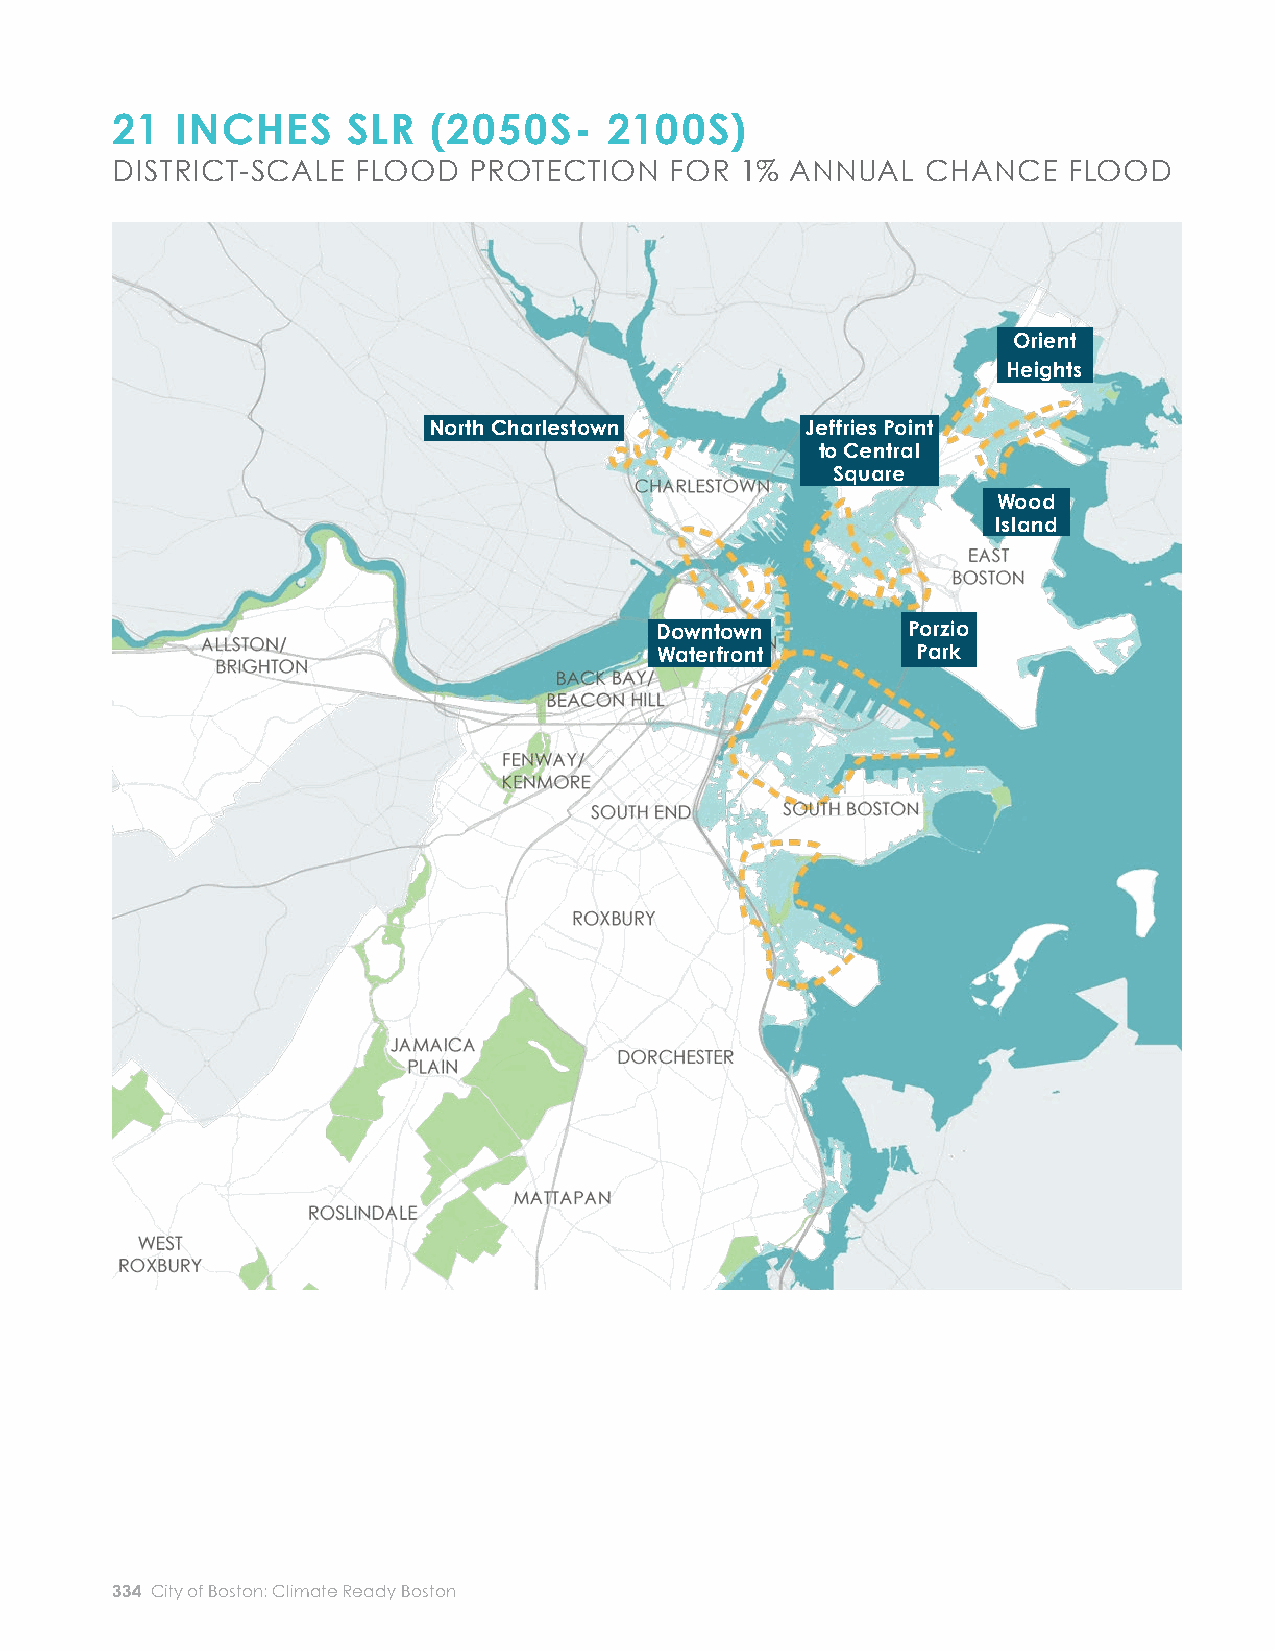
21   INCHES     SLR   (2050S-    2100S)
 DISTRICT-SCALE   FLOOD  PROTECTION   FOR  1% ANNUAL   CHANCE    FLOOD
 Jeffries Point to Central Square    Orient Heights
 (See East Boston Focus Area for more information) (See East Boston Focus Area for more information)
 Estimated Benefi ts                 Estimated Benefi ts
 Orient
 Benefi ting Area12                  Benefi ting Area14
 Heights
 People             10,500           People             2,700
 North Charlestown        Jeffries Point
 to Central                           Structures         1,560            Structures         470
 Square
 Land Area          270 acres        Land Area          120 acres
 Wood
 Island
 Avoided Economic Losses             Avoided Economic Losses
 From a single 1% annual             From a single 1% annual
 $541 million                        $227 million
 Downtown         Porzio                         chance fl ood                       chance fl ood
 Waterfront        Park
 Annualized across                   Annualized across
 multiple fl ood    $36 million      multiple fl ood    $23 million
 probabilities13                     probabilities15
 North Charlestown and New Charles
 River Dam Locations Combined16      Downtown Waterfront
 (See East Boston Focus Area for more information) (See Downtown Boston Focus Area for more information)
 Estimated Benefi ts                 Estimated Benefi ts
 Benefi ting Area17                  Benefi ting Area19
 People             21,200           People             1,100
 Structures         4,310            Structures         200
 Land Area          140 acres        Land Area          50 acres
 Avoided Economic Losses             Avoided Economic Losses
 From a single 1% annual             From a single 1% annual
 $103 million                        $383 million
 chance fl ood                       chance fl ood
 Annualized across                   Annualized across
 multiple fl ood    $3 million       multiple fl ood    $39 million
 probabilities18                     probabilities20
 12 Area protected through the 1% annual chance fl ood event. Additional fl ood 16 Only includes benefi ts in Charlestown. See table for New Charles River Dam for
 protection would be necessary to protect against the 0.1% annual chance fl ood additional benefi ts citywide.
 event.
 17Area protected through the 0.1% annual chance fl ood event.
 13 Probability-adjusted economic losses for the 1%, 2%, and 10% annual chance fl ood
 events. Additional fl ood protection locations would be necessary to protect against 18 Probability-adjusted economic losses for the 0.1%, 1%, 2%, and 10% annual chance
 the 0.1% annual chance fl ood event. fl ood events.
 14Area protected through the 0.1% annual chance fl ood event. 19Area protected through the 0.1% annual chance fl ood event.
 15 Probability-adjusted economic losses for the 0.1%, 1%, 2%, and 10% annual chance 20 Probability-adjusted economic losses for the 0.1%, 1%, 2%, and 10% annual chance
 fl ood events.                      fl ood events.
 334 City of Boston: Climate Ready Boston